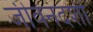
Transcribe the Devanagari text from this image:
जीवनदर्शी